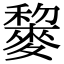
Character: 䴻